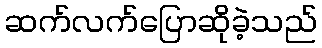
ဆက်လက်ပြောဆိုခဲ့သည်